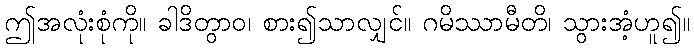
ဤအလုံးစုံကို။ ခါဒိတွာဝ၊ စား၍သာလျှင်။ ဂမိဿာမီတိ၊ သွားအံ့ဟူ၍။